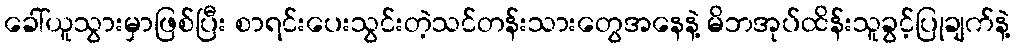
ခေါ်ယူသွားမှာဖြစ်ပြီး စာရင်းပေးသွင်းတဲ့သင်တန်းသားတွေအနေနဲ့ မိဘအုပ်ထိန်းသူခွင့်ပြုချက်နဲ့